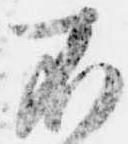
不